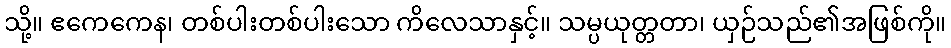
သို့။ ဧကေကေန၊ တစ်ပါးတစ်ပါးသော ကိလေသာနှင့်။ သမ္ပယုတ္တတာ၊ ယှဉ်သည်၏အဖြစ်ကို။